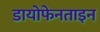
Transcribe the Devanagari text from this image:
डायोफेनताइन